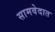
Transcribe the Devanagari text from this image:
सामवेदात